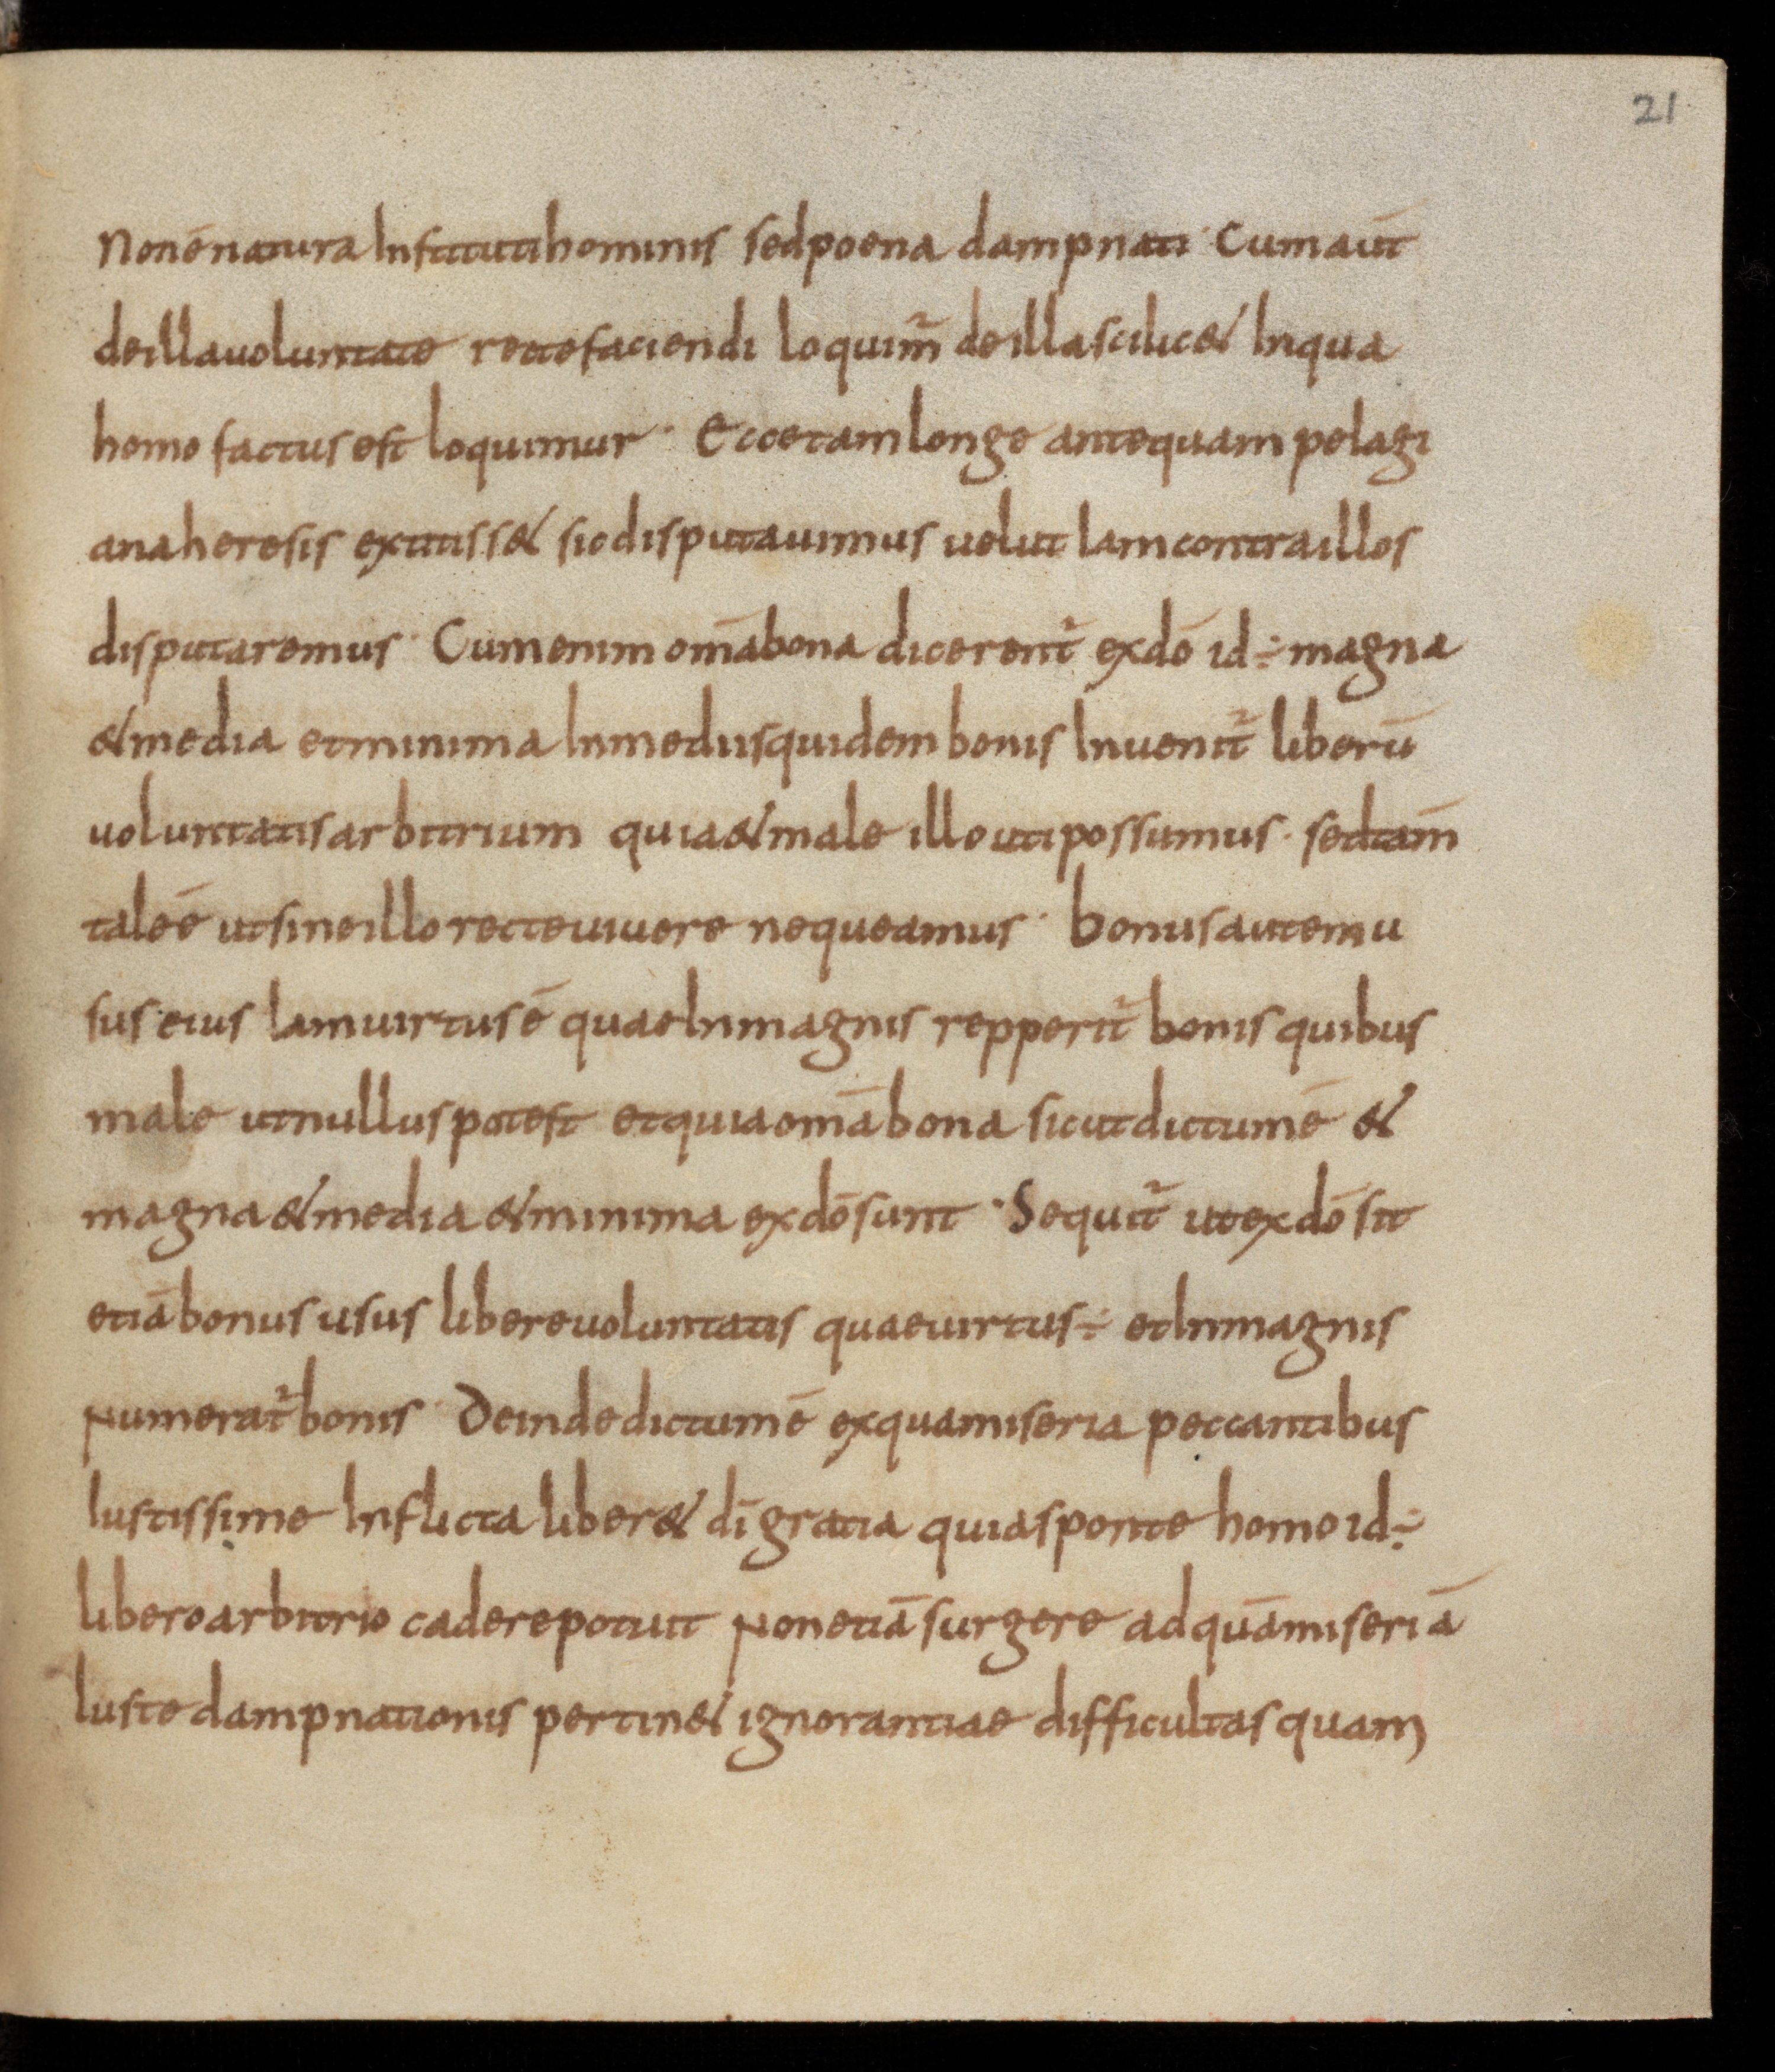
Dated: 850–899